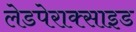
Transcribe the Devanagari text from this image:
लेडपेराक्साइड